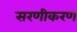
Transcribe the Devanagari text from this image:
सरणीकरण